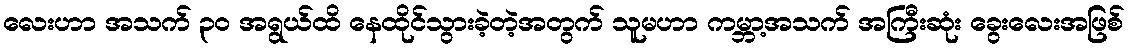
လေးဟာ အသက် ၃၀ အရွယ်ထိ နေထိုင်သွားခဲ့တဲ့အတွက် သူမဟာ ကမ္ဘာ့အသက် အကြီးဆုံး ခွေးလေးအဖြစ်